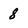
Character: 8